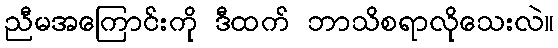
ညီမအကြောင်းကို ဒီထက် ဘာသိစရာလိုသေးလဲ။